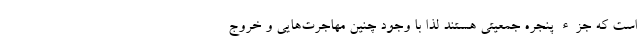
است که جزء پنجره جمعیتی هستند لذا با وجود چنین مهاجرت‌هایی و خروج